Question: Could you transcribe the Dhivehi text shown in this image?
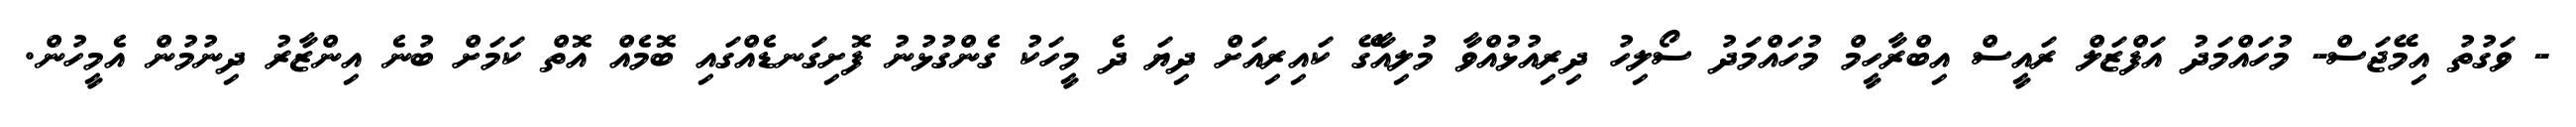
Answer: - ވަގުތު އިމޭޖަސް- މުހައްމަދު އަފްޒަލް ރައީސް އިބްރާހީމް މުހައްމަދު ސޯލިހު ދިރިއުޅުއްވާ މުލިއާގޭ ކައިރިއަށް ދިޔަ ދެ މީހަކު ގެންގުޅުނު ފޮށިގަނޑެއްގައި ބޮމެއް އޮތް ކަމަށް ބުނެ އިންޒާރު ދިނުމުން އެމީހުން.